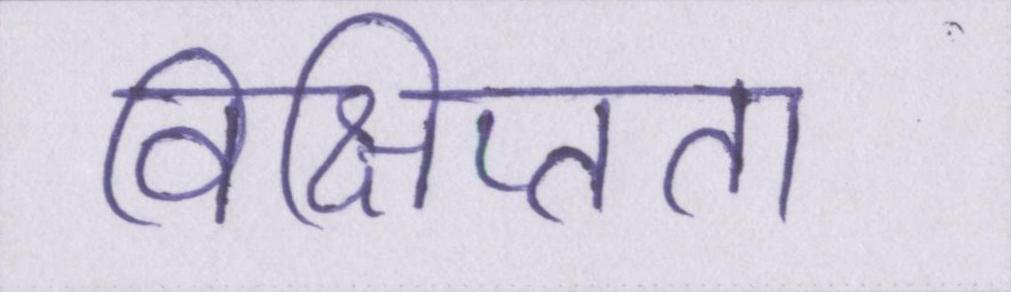
विक्षिप्तता